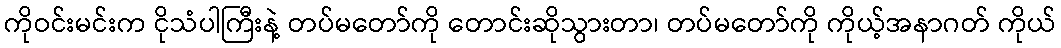
ကိုဝင်းမင်းက ငိုသံပါကြီးနဲ့ တပ်မတော်ကို တောင်းဆိုသွားတာ၊ တပ်မတော်ကို ကိုယ့်အနာဂတ် ကိုယ်